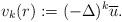
LaTeX: \begin{align*}v_k (r) := (-\Delta)^k \overline u.\end{align*}